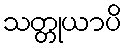
သတ္တုယာပိ